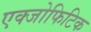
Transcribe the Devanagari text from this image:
एक्जोफिटिक